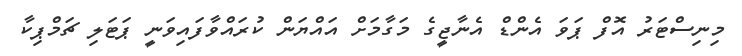
މިނިސްޓަރު އޮފް ޕަވަ އެންޑް އެނާޖީގެ މަގާމަށް އައްޔަން ކުރައްވާފައިވަނީ ޕަޓަލި ޗަމްޕިކާ